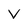
Character: V